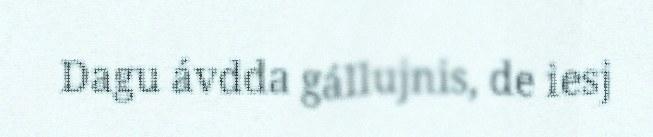
Dagu ávdda gállujnis, de iesj